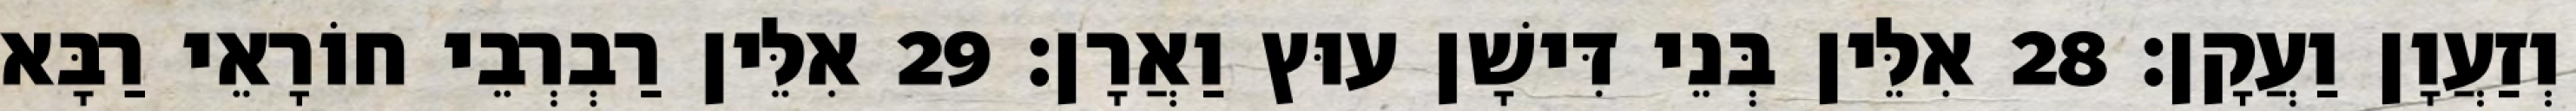
וְזַעֲוָן וַעֲקָן׃ 28 אִלֵּין בְּנֵי דִּישָׁן עוּץ וַאֲרָן׃ 29 אִלֵּין רַבְרְבֵי חוֹרָאֵי רַבָּא